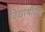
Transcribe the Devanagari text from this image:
विद्यार्थीदशे